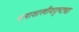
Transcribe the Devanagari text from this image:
भाषाशास्त्रीयदृष्ट्या